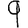
Digit: 9